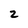
Character: 2